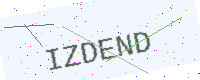
Text: IZDEND